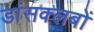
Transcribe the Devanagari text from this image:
डांसक्लबों